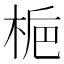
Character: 梔